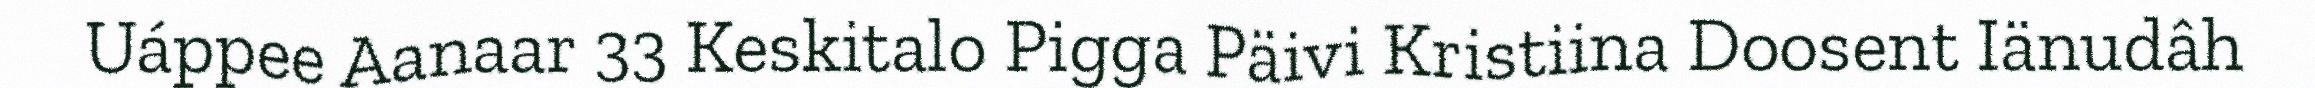
Uáppee Aanaar 33 Keskitalo Pigga Päivi Kristiina Doosent Iänudâh